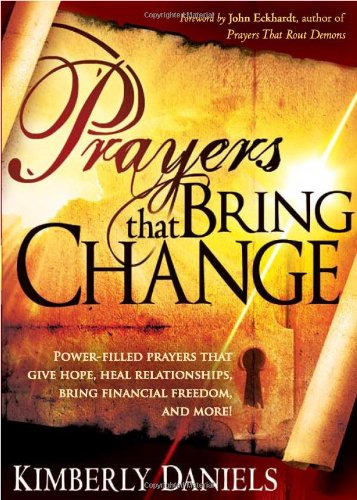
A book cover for Prayers That Bring Change: Power-Filled Prayers that Give Hope, Heal Relationships, Bring Financial Freedom and More!; Kimberly Daniels; Christian Books & Bibles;